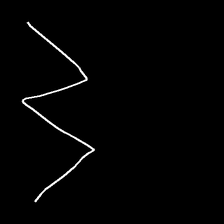
Glyph: crush